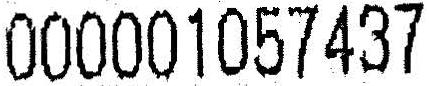
000001057437